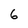
Character: 6